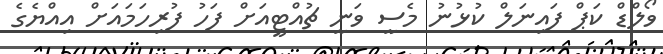
ވޯލްޑް ކަޕް ފައިނަލް ކުޅުނު މެސީ ވަނީ ޗުއްޓީއަށް ފަހު ފުރިހަމައަށް އިއްޔެގެ